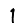
Digit: 1